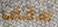
سقف